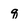
Character: q